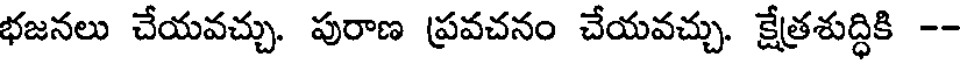
భజనలు చేయవచ్చు. పురాణ ప్రవచనం చేయవచ్చు. క్షేత్రశుద్ధికి --